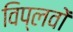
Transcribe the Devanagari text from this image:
विप्लवों